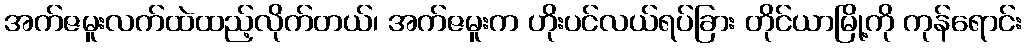
အက်ဇမူးလက်ထဲထည့်လိုက်တယ်၊ အက်ဇမူးက ဟိုးပင်လယ်ရပ်ခြား တိုင်ယာမြို့ကို ကုန်ရောင်း